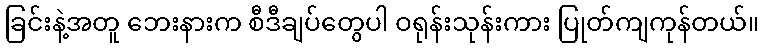
ခြင်းနဲ့အတူ ဘေးနားက စီဒီချပ်တွေပါ ဝရုန်းသုန်းကား ပြုတ်ကျကုန်တယ်။